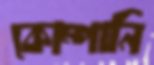
কোম্পানি